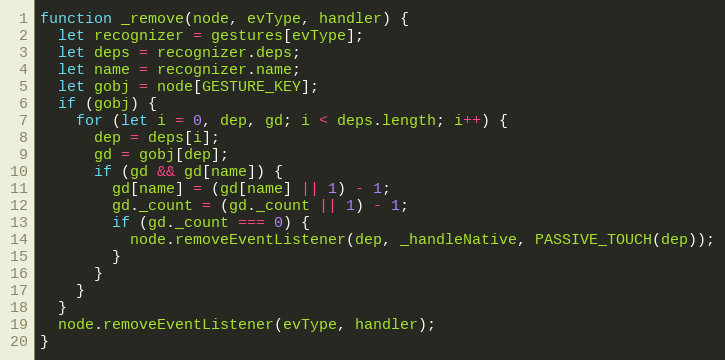
Language: JavaScript
function _remove(node, evType, handler) {
  let recognizer = gestures[evType];
  let deps = recognizer.deps;
  let name = recognizer.name;
  let gobj = node[GESTURE_KEY];
  if (gobj) {
    for (let i = 0, dep, gd; i < deps.length; i++) {
      dep = deps[i];
      gd = gobj[dep];
      if (gd && gd[name]) {
        gd[name] = (gd[name] || 1) - 1;
        gd._count = (gd._count || 1) - 1;
        if (gd._count === 0) {
          node.removeEventListener(dep, _handleNative, PASSIVE_TOUCH(dep));
        }
      }
    }
  }
  node.removeEventListener(evType, handler);
}